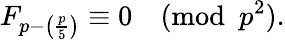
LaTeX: F_{p-\left({\frac{p}{5}}\right)}\equiv 0{\pmod{p^{2}}}.